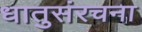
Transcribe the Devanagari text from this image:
धातुसंरचना